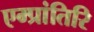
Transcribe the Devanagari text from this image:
एम्प्रांतिरि